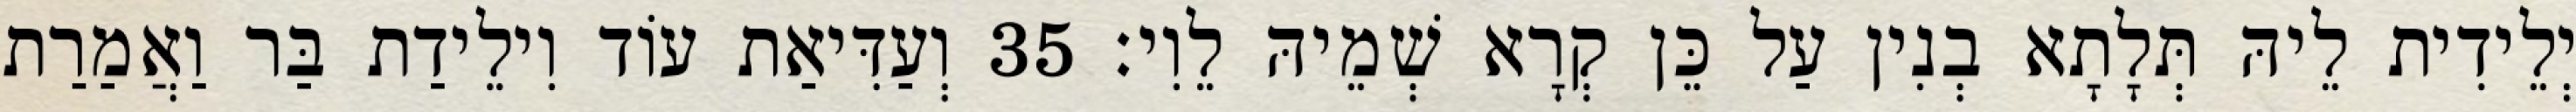
יְלֵידִית לֵיהּ תְּלָתָא בְנִין עַל כֵּן קְרָא שְׁמֵיהּ לֵוִי׃ 35 וְעַדִּיאַת עוֹד וִילֵידַת בַּר וַאֲמַרַת